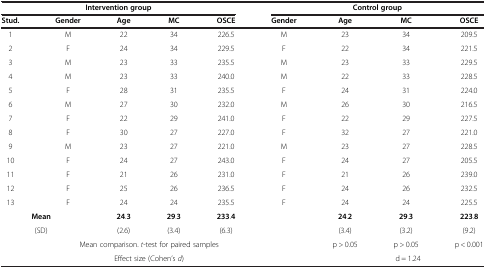
| <COLSPAN=5> Intervention group | <COLSPAN=4> Control group |
 | Stud. | Gender | Age | MC | OSCE | Gender | Age | MC | OSCE |
 | --- | --- | --- | --- | --- | --- | --- | --- | --- |
 | 1 | M | 22 | 34 | 226.5 | M | 23 | 34 | 209.5 |
 | 2 | F | 24 | 34 | 229.5 | F | 22 | 34 | 221.5 |
 | 3 | M | 23 | 33 | 235.5 | M | 23 | 33 | 229.5 |
 | 4 | M | 23 | 33 | 240.0 | M | 22 | 33 | 228.5 |
 | 5 | F | 28 | 31 | 235.5 | F | 24 | 31 | 224.0 |
 | 6 | M | 27 | 30 | 232.0 | M | 26 | 30 | 216.5 |
 | 7 | F | 22 | 29 | 241.0 | F | 22 | 29 | 227.5 |
 | 8 | F | 30 | 27 | 227.0 | F | 32 | 27 | 221.0 |
 | 9 | M | 23 | 27 | 221.0 | M | 23 | 27 | 228.5 |
 | 10 | F | 24 | 27 | 243.0 | F | 24 | 27 | 205.5 |
 | 11 | F | 21 | 26 | 231.0 | F | 21 | 26 | 239.0 |
 | 12 | F | 25 | 26 | 236.5 | F | 24 | 26 | 232.5 |
 | 13 | F | 24 | 24 | 235.5 | F | 24 | 24 | 225.5 |
 | <COLSPAN=2> Mean | 24.3 | 29.3 | 233.4 |  | 24.2 | 29.3 | 223.8 |
 | <COLSPAN=2> (SD) | (2.6) | (3.4) | (6.3) |  | (3.4) | (3.2) | (9.2) |
 | <COLSPAN=6> Mean comparison. t-test for paired samples | p > 0.05 | p > 0.05 | p < 0.001 |
 | <COLSPAN=6> Effect size (Cohen’s d) | <COLSPAN=3> d = 1.24 |